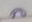
ล